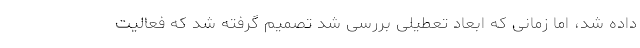
داده شد، اما زمانی که ابعاد تعطیلی بررسی شد تصمیم گرفته شد که فعالیت